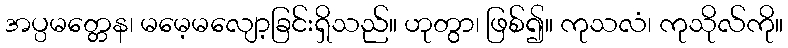
အပ္ပမတ္တေန၊ မမေ့မလျော့ခြင်းရှိသည်။ ဟုတွာ၊ ဖြစ်၍။ ကုသလံ၊ ကုသိုလ်ကို။